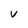
Character: v